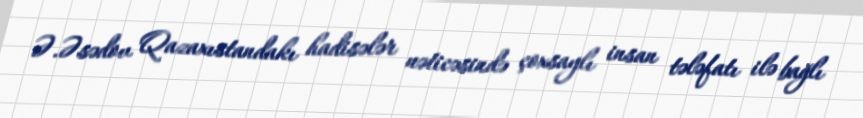
Ə.Əsədov Qazaxıstandakı hadisələr nəticəsində çoxsaylı insan tələfatı ilə bağlı